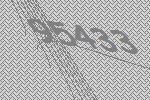
95433